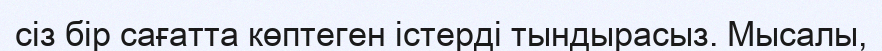
сіз бір сағатта көптеген істерді тындырасыз. Мысалы,